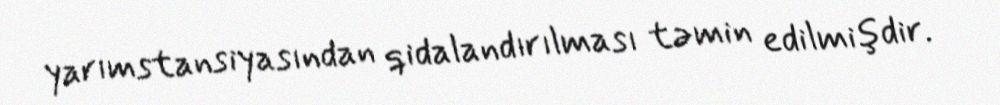
yarımstansiyasından qidalandırılması təmin edilmişdir.